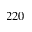
2 2 0